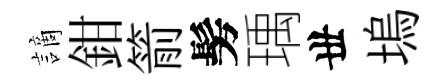
謫鉗箭髣瑀丗塢